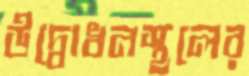
উদ্বোধনস্থলের